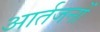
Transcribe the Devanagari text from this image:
आर्तजनों